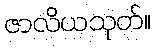
ဇာလိယသုတ်။